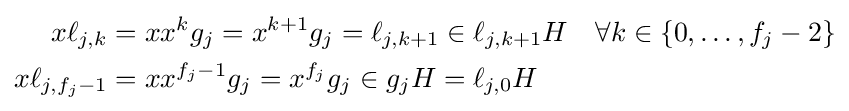
{\begin{aligned}x\ell _{j,k}&=xx^{k}g_{j}=x^{k+1}g_{j}=\ell _{j,k+1}\in \ell _{j,k+1}H&&\forall k\in \{0,\ldots ,f_{j}-2\}\\x\ell _{j,f_{j}-1}&=xx^{f_{j}-1}g_{j}=x^{f_{j}}g_{j}\in g_{j}H=\ell _{j,0}H\end{aligned}}